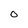
Character: O